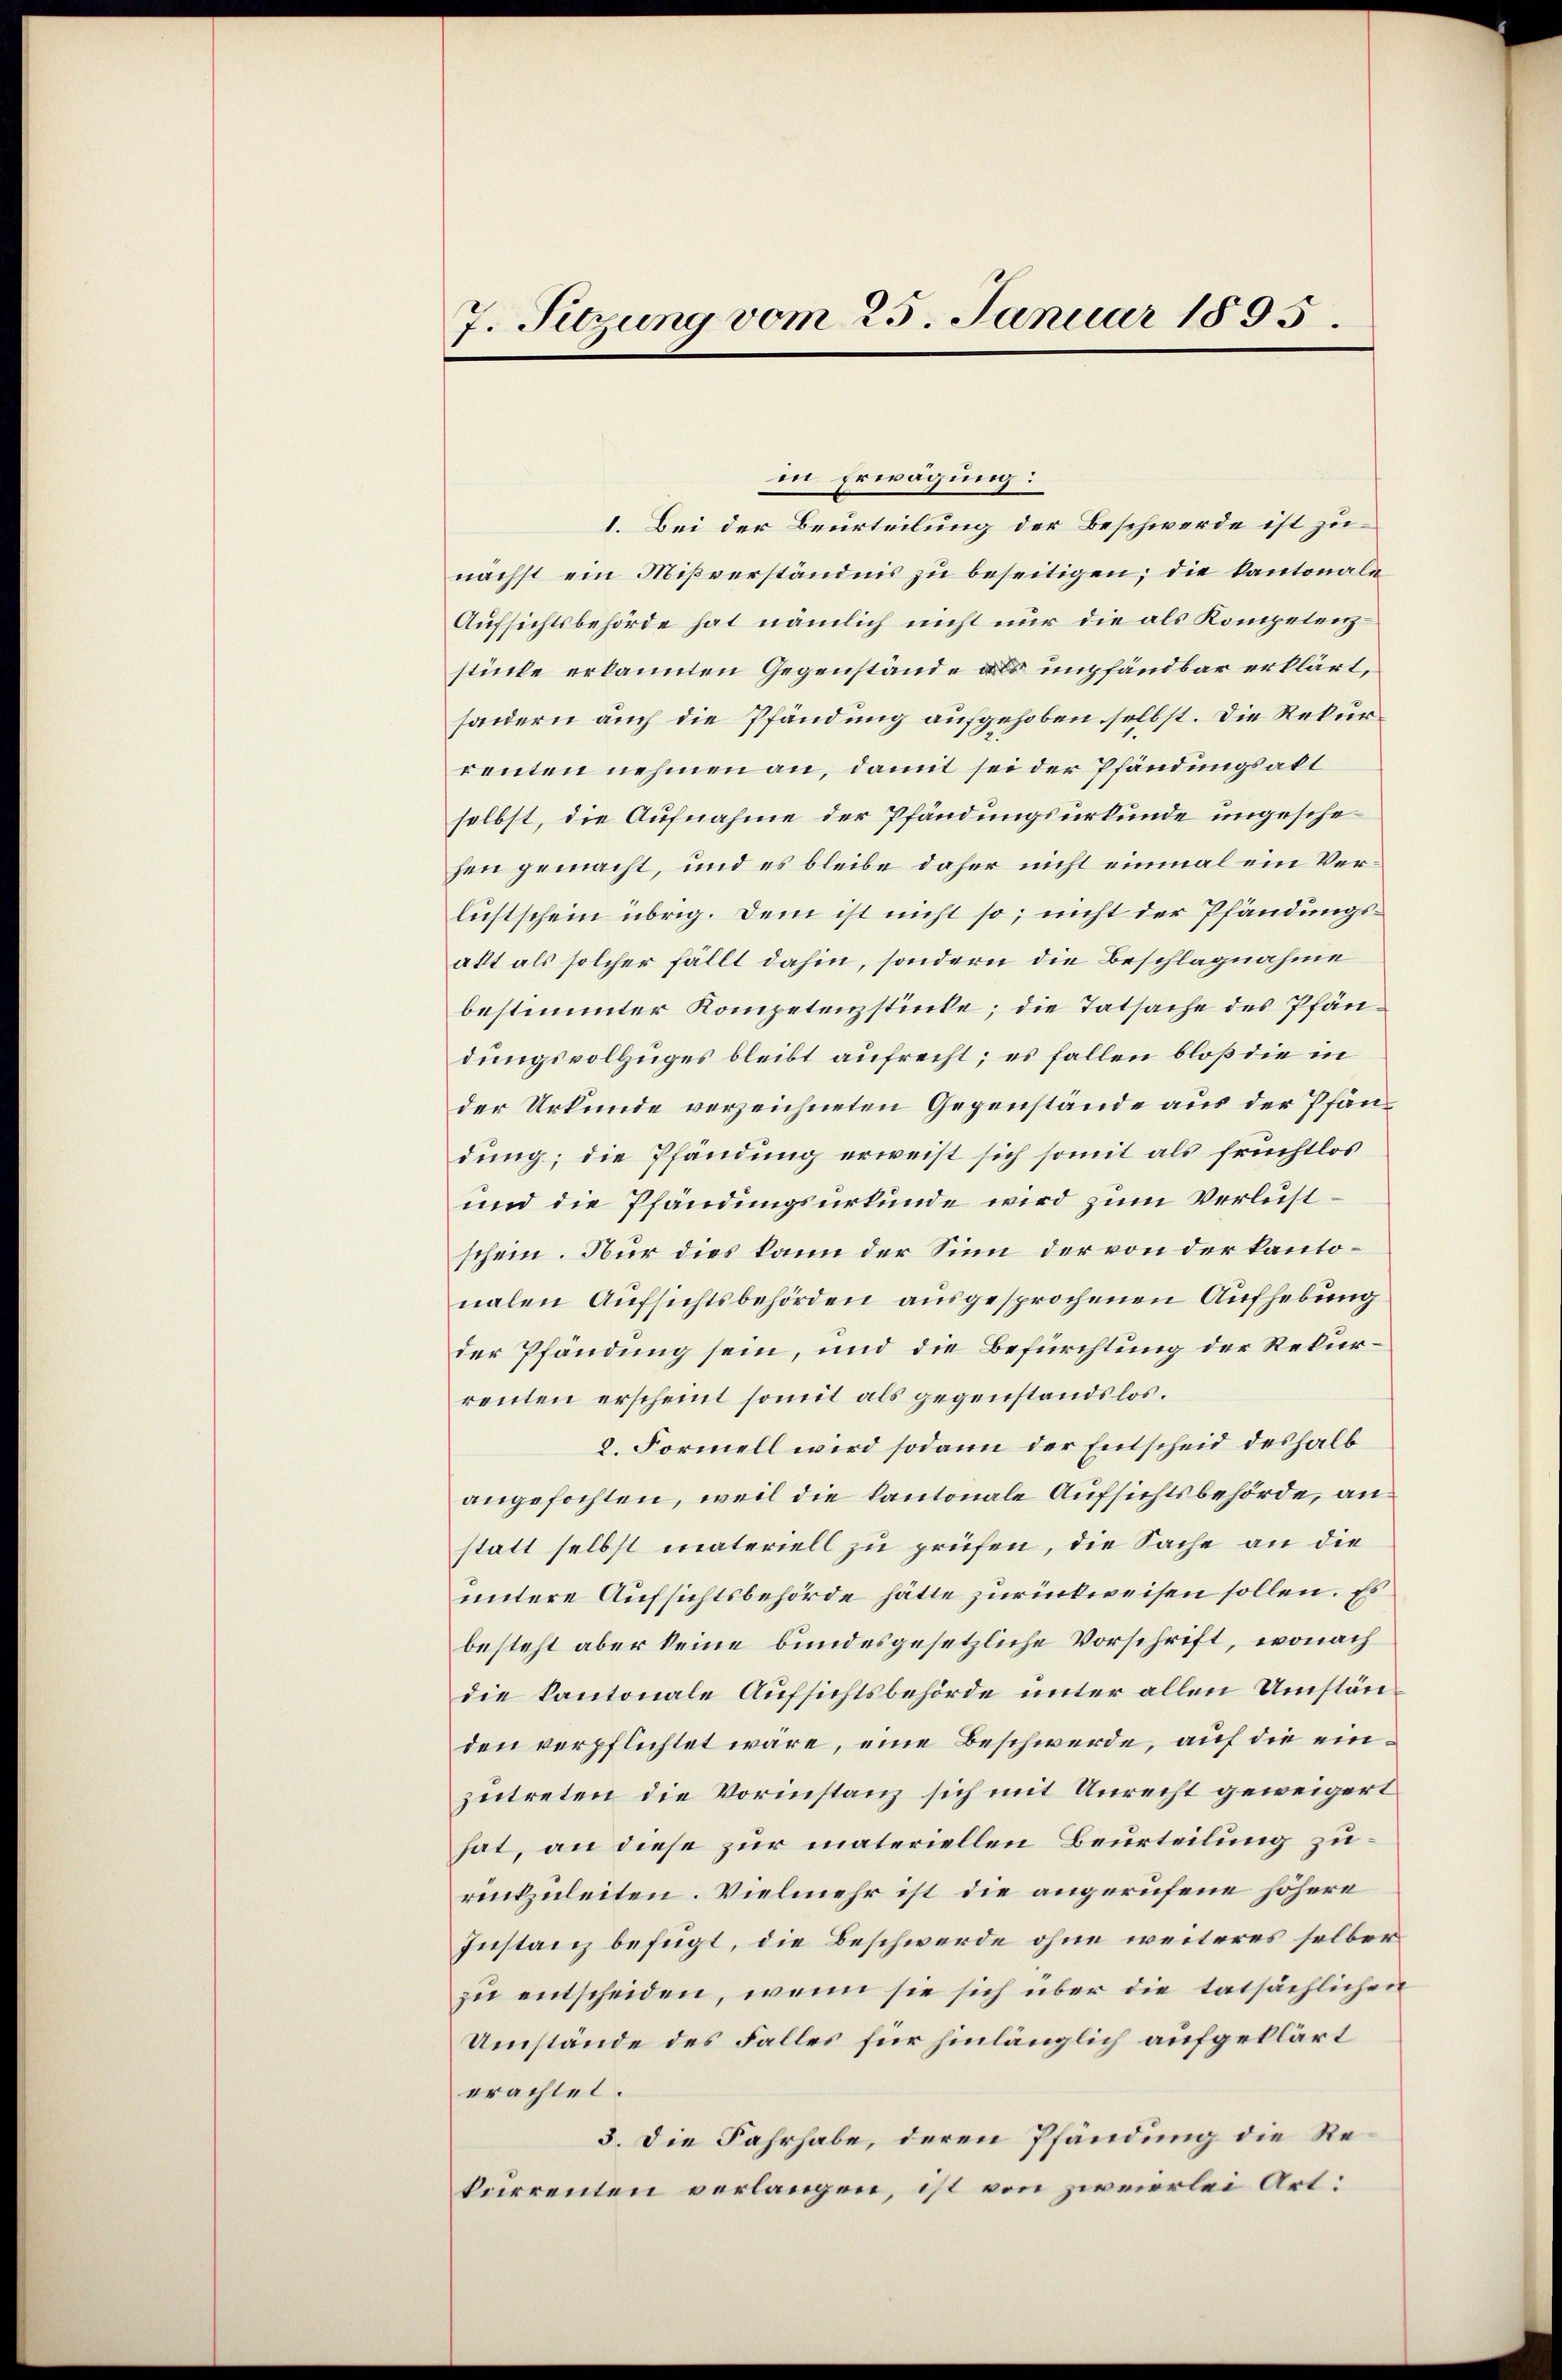
7. Sitzung vom 25. Januar 1895.

in Erwägung:
1. Bei der Beurteilung der Beschwerde ist zunächst ein Mißverständnis zu beseitigen; die kantonala
Aufsichtsbehörde hat nämlich nicht nur die als Kompetenzstücke erkannten Gegenstände als impfandbar erklärt,
sondern auch die Pfändung aufgehoben selbst. Die Rekurrenten nehmen an, damit sei der Pfändungsakt
selbst, die Aufnahme der Pfändungsurkunde ungeschehen gemacht, und es bleibe daher nicht einmal ein Verlicstschein übrig. Dem ist nicht so; nicht der Pfändungsakt als solcher fällt dahin, sondern die Beschlagnahme
bestimmter Kompetenzstücke; die Tatsache des Pfändungsvollzuges bleibt aufrecht; es fallen bloß die in
der Urkunde verzeichneten Gegenstände aus der Pfändung; die Pfändung erweist sich somit als fruchtlos
und die Pfändungsurkunde wird zum Verlustschein. Nur dies kann der Sinn der von der kantonalen Aufsichtsbehörden ausgesprochenen Aufhebung
der Pfändung sein, und die Befürchtung der Rekurrenten erscheint somit als gegenstandslos.
2. Formell wird sodann der Entscheid deshalb
angefochten, weil die kantonale Aufsichtsbehörde, an
statt selbst materiell zu prüfen, die Sache an die
untere Aufsichtsbehörde hätte zurückweisen sollen. Es
besteht aber keine bundesgesetzliche Vorschrift, wonach
die kantonale Aufsichtsbehörde unter allen Umständen verpflichtet wäre, eine Beschwerde, auf die einzutreten die Vorinstanz sich mit Unrecht geweigert
hat, an diese zur materiellen Beurteilung zurückzuleiten. Vielmehr ist die angerufene höhere
Instanz befügt, die Beschwerde ohne weiteres selber
zu entscheiden, wenn sie sich über die tatsächlichen
Umstände des Falles für hinlänglich aufgeklärt
erachtet.
3. Die Fahrhabe, deren Pfändung die Rekurrenten verlangen, ist von zweierlei Art: